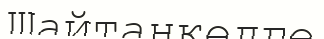
Шайтанкөлге